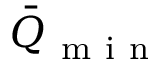
\bar { Q } _ { \mathrm { ~ m ~ i ~ n ~ } }